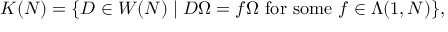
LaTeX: K ( N ) = \lbrace D \in W ( N ) \mid D \Omega = f \Omega \mathrm { ~ f o r ~ s o m e ~ } f \in \Lambda ( 1 , N ) \rbrace ,